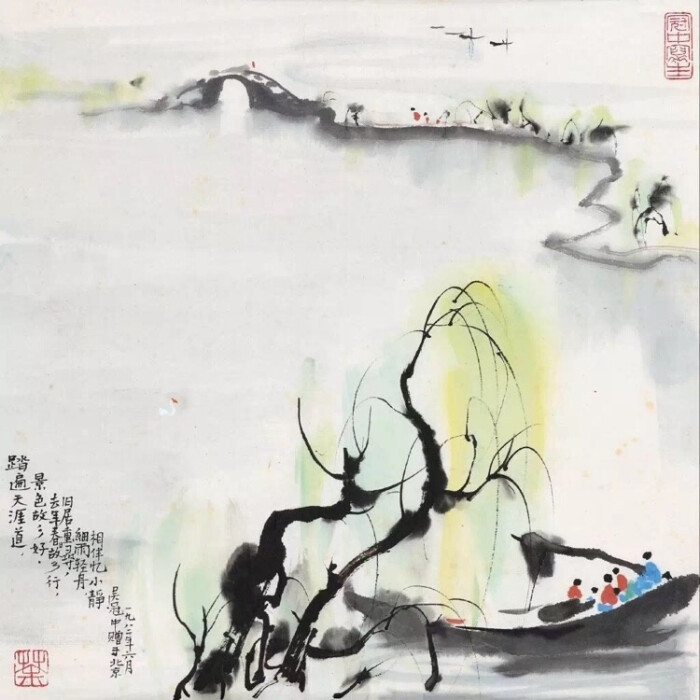
杨柳乍如丝，故园春尽时。